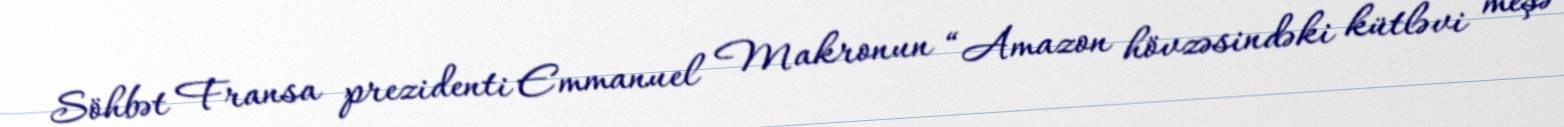
Söhbət Fransa prezidenti Emmanuel Makronun “Amazon hövzəsindəki kütləvi meşə